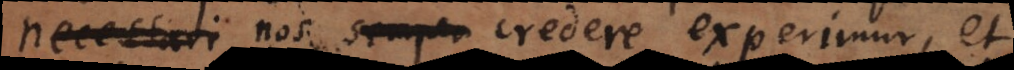
necessari nos semper credere experimur, et